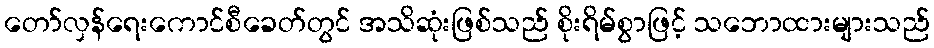
တော်လှန်ရေးကောင်စီခေတ်တွင် အသိဆုံးဖြစ်သည် စိုးရိမ်စွာဖြင့် သဘောထားများသည်